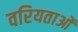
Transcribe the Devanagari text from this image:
वरियताओं